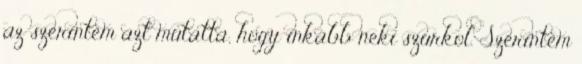
az szerintem azt mutatta, hogy inkább neki szurkol. Szerintem